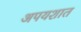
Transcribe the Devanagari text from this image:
अपयशात